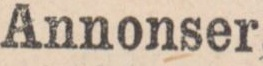
Annonser,